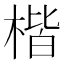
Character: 楷